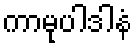
ကာမုပါဒါနံ